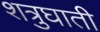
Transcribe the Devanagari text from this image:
शत्रुघाती